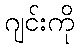
ဂျင်းကို